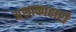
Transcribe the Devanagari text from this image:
अशाकाहारी